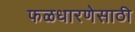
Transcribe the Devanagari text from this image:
फळधारणेसाठी